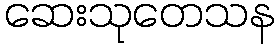
ဆေးသုတေသန